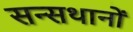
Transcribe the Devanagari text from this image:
सन्सथानों